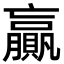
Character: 贏